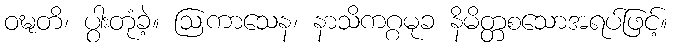
ဝဍ္ဎတိ၊ ပွါးတုံခဲ့။ ဩကာသေန၊ နာသိကဂ္ဂမုခ နိမိတ္တစသောအရပ်ဖြင့်။